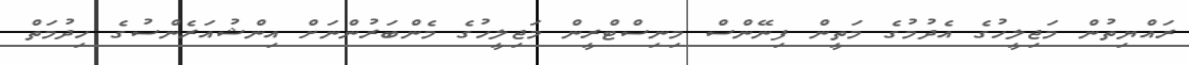
ރައްޔިތުން މަޖިލީހުގެ އެދުމުގެ މަތީން ފިނޭންސް މިނިސްޓްރީން މަޖިލީހުގެ މެންބަރުންނަށް އިންޝުއަރެންސުގެ ހިދުމަތް